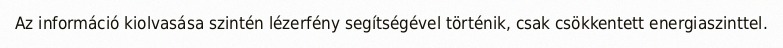
Az információ kiolvasása szintén lézerfény segítségével történik, csak csökkentett energiaszinttel.